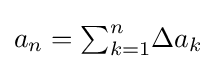
a_{n}={\textstyle \sum _{k=1}^{n}}\Delta a_{k}